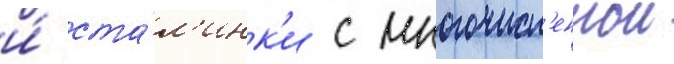
и́ ста́л'инк'и с многочисл'еннои